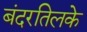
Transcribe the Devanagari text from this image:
बंदरतिलके